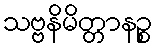
သဗ္ဗနိမိတ္တာနဉ္စ